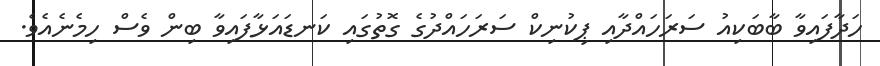
ހަދާފައިވާ ބާބަކިއު ސަރަހައްދާއި ޕިކުނިކް ސަރަހައްދުގެ ގޮތުގައި ކަނޑައަޅާފައިވާ ބިން ވެސް ހިމެނެއެވެ.